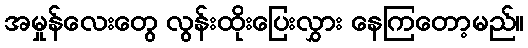
အမှုန်လေးတွေ လွန်းထိုးပြေးလွှား နေကြတော့မည်။